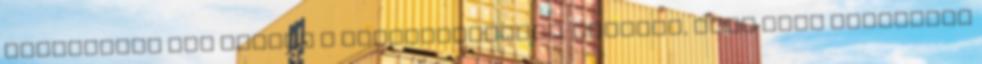
átadásakor azt mondta a szólóélőadónak: „reméli, hogy majd megismerő